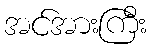
အင်အားကြီး